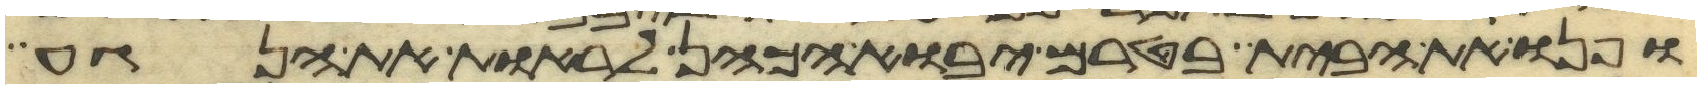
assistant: ופנו את הבית בטרם יבוא הכהן לראות את הנגע